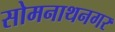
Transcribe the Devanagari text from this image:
सोमनाथनगर